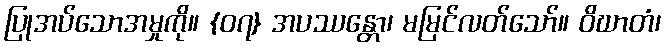
ပြုအပ်သောအမှုကို။ {၀၇} အပဿန္တော၊ မမြင်လတ်သော်။ ဝိဃာတံ၊